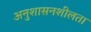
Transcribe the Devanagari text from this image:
अनुशासनशीलता